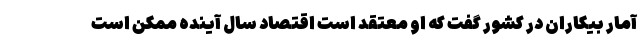
آمار بیکاران در کشور گفت که او معتقد است اقتصاد سال آینده ممکن است